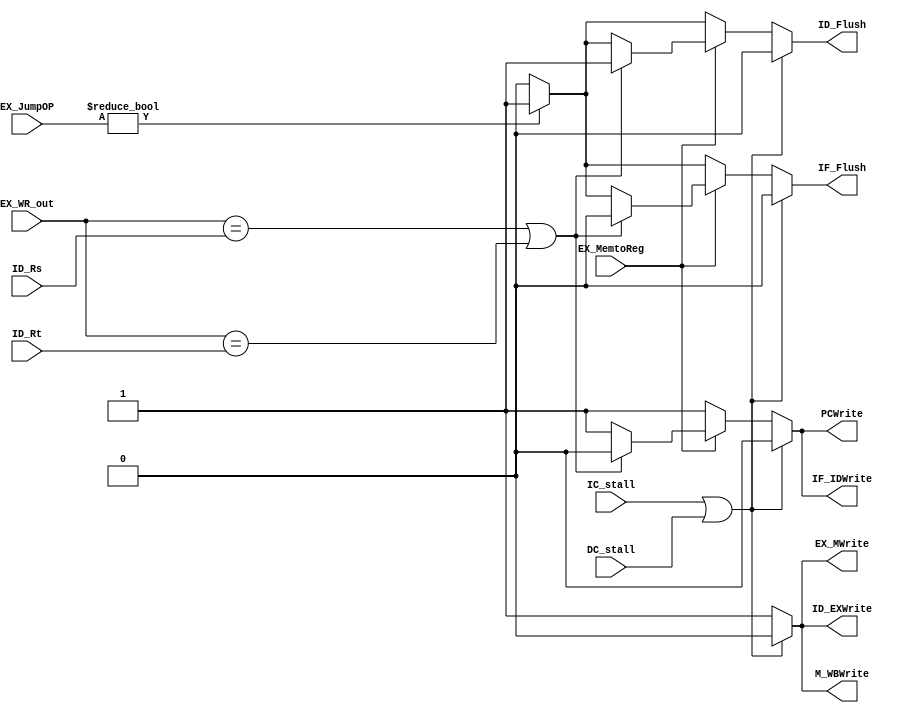
// Hazard Detection Unit

module HDU ( // input
			IC_stall,
			DC_stall,
			ID_Rs,
             		ID_Rt,
			EX_WR_out,
			EX_MemtoReg,
			EX_JumpOP,
			// output
			PCWrite,
			IF_IDWrite,
			ID_EXWrite,
			EX_MWrite,
			M_WBWrite,
			IF_Flush,
			ID_Flush
			);
	
	parameter bit_size = 32;
	
	input IC_stall;
	input DC_stall;
	input [4:0] ID_Rs;
	input [4:0] ID_Rt;
	input [4:0] EX_WR_out;
	input EX_MemtoReg;
	input [1:0] EX_JumpOP;
	
	output PCWrite;
	output IF_IDWrite;
	output ID_EXWrite;
	output EX_MWrite;
	output M_WBWrite;
	output IF_Flush;
	output ID_Flush;

	reg PCWrite;
	reg IF_IDWrite;
	reg ID_EXWrite;
	reg EX_MWrite;
	reg M_WBWrite;
	reg IF_Flush;
	reg ID_Flush;

	always @(*) begin
		PCWrite = 1;
		IF_IDWrite = 1;
		ID_EXWrite = 1;
		EX_MWrite = 1;
		M_WBWrite = 1;
		IF_Flush = 0;
		ID_Flush = 0;
		
		if(EX_JumpOP != 0)
		begin
			IF_Flush = 1;
			ID_Flush = 1;
		end
		
		if(EX_MemtoReg)
		begin
			if(EX_WR_out == ID_Rs || EX_WR_out == ID_Rt)
			begin
				PCWrite = 0;
				IF_IDWrite = 0;
				IF_Flush = 0;
				ID_Flush = 1;
			end
		end

		if(IC_stall || DC_stall)
		begin
			PCWrite = 0;
			IF_IDWrite = 0;
			ID_EXWrite = 0;
			EX_MWrite = 0;
			M_WBWrite = 0;
			IF_Flush = 0;
			ID_Flush = 0;
		end
	end
	
endmodule